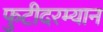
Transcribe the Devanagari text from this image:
फुटीदरम्यान